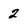
Character: 2